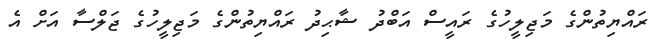
ރައްޔިތުންގެ މަޖިލީހުގެ ރައީސް އަބްދު ޝާޙިދު ރައްޔިތުންގެ މަޖިލީހުގެ ޖަލްސާ އަށް އެ